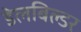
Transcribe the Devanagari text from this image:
डेलबिल्डर